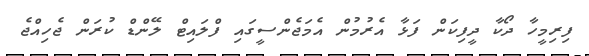
ފިރިމީހާ ދޯކާ ދީފިކަން ފަޅާ އެރުމުން އެމަޖެންސީގައި ފްލައިޓް ލޭންޑް ކުރަން ޖެހިއްޖެ